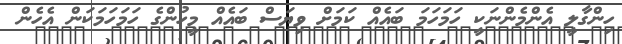
ހިންގާލީ އެންމެންނަކީ ހަމަހަމަ ބައެއް ކަމަށް ވިޔަސް ބައެއް މީހުންގެ ހަމަހަމަކަން އެހެން